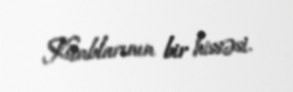
Kitablarının bir hissəsi.